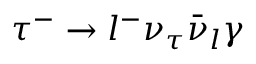
\tau ^ { - } \to l ^ { - } \nu _ { \tau } \bar { \nu } _ { l } \gamma